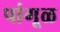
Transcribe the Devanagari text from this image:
पांगूळ